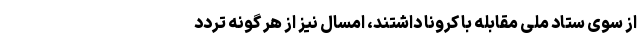
از سوی ستاد ملی مقابله با کرونا داشتند، امسال نیز از هر گونه تردد